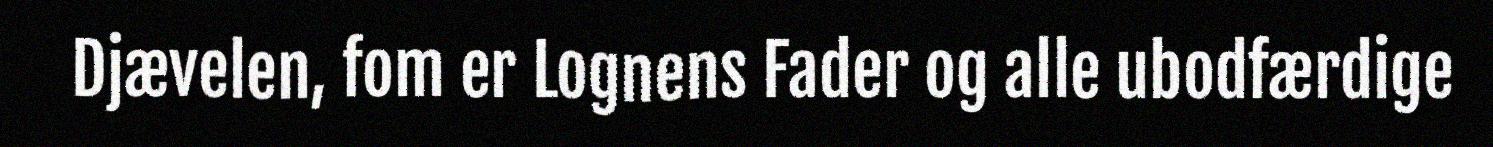
Djævelen, fom er Lognens Fader og alle ubodfærdige